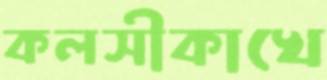
কলসীকাখে